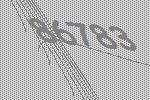
86783